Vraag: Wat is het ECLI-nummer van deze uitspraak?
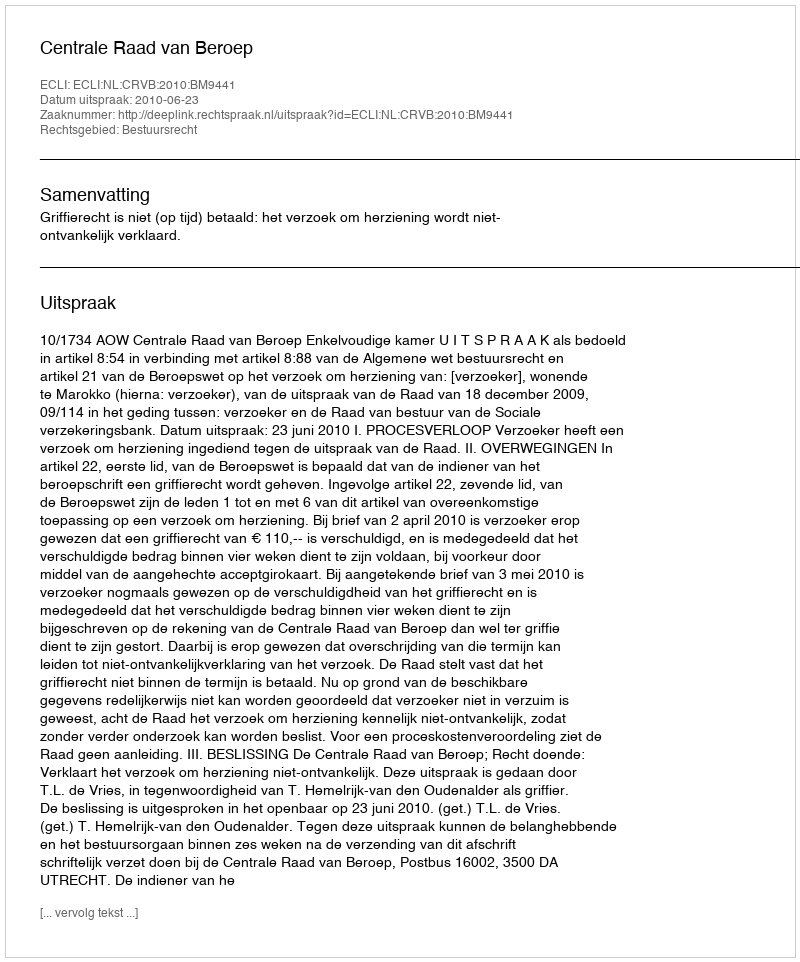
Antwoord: ECLI:NL:CRVB:2010:BM9441